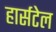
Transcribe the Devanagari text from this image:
हार्सटेल